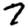
Digit: 7